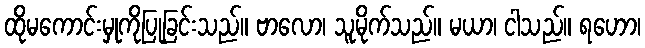
ထိုမကောင်းမှုကိုပြုခြင်းသည်။ ဗာလော၊ သူမိုက်သည်။ မယာ၊ ငါသည်။ ရဟော၊